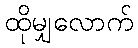
ထိုမျှလောက်